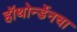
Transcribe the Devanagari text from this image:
हॉथोर्न्डेनचा